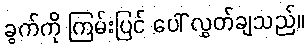
ခွက်ကို ကြမ်းပြင် ပေါ် လွှတ်ချသည်။